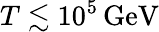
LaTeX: T\lesssim 10^{5}\, \textrm{GeV}